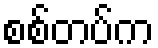
စစ်တပ်က